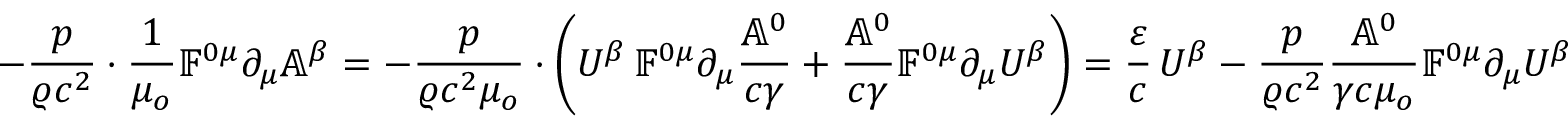
- \frac { p } { \varrho c ^ { 2 } } \cdot \frac { 1 } { \mu _ { o } } \mathbb { F } ^ { 0 \mu } \partial _ { \mu } \mathbb { A } ^ { \beta } = - \frac { p } { \varrho c ^ { 2 } \mu _ { o } } \cdot \left( U ^ { \beta } \, \mathbb { F } ^ { 0 \mu } \partial _ { \mu } \frac { \mathbb { A } ^ { 0 } } { c \gamma } + \frac { \mathbb { A } ^ { 0 } } { c \gamma } \mathbb { F } ^ { 0 \mu } \partial _ { \mu } U ^ { \beta } \right) = \frac { \varepsilon } { c } \, U ^ { \beta } - \frac { p } { \varrho c ^ { 2 } } \frac { \mathbb { A } ^ { 0 } } { \gamma c \mu _ { o } } \mathbb { F } ^ { 0 \mu } \partial _ { \mu } U ^ { \beta }